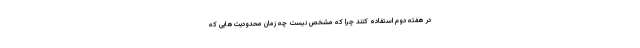
در هفته دوم استفاده کنند چرا که مشخص نیست چه زمان محدودیت‌هایی که